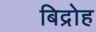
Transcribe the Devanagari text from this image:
बिद्रोह